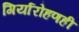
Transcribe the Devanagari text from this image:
गिर्यारोहणही